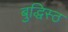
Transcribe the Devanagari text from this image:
बुद्धिस्ठ